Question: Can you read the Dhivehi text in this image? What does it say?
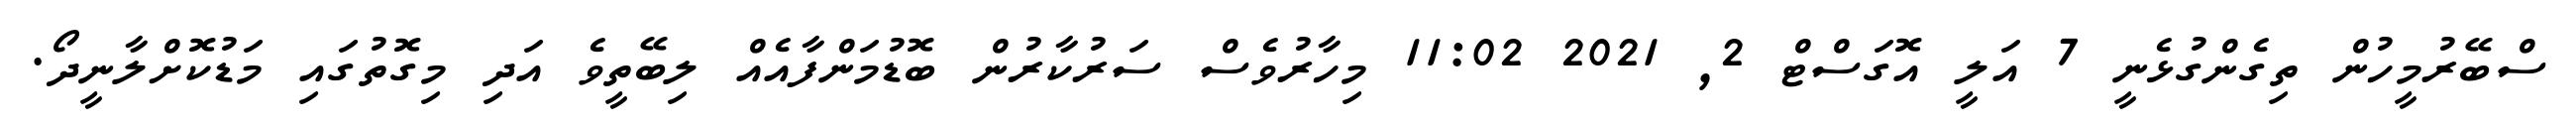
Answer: ސްބޭރުމީހުން ތިގެންގުޅެނީ 7 އަލީ އޮގަސްޓް 2, 2021 11:02 މިހާރުވެސް ސަރުކާރުން ބޮޑުމަންފާއެއް ލިބޭތީވެ އަދި މިގޮތުގައި މަޑުކޮށްލާނީދޯ.